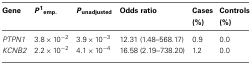
<table><thead><tr><td><b>Gene</b></td><td><b><i>P</i><sup>1</sup><sub>emp.</sub></b></td><td><b><i>P</i><sub>unadjusted</sub></b></td><td><b>Odds ratio</b></td><td><b>Cases (%)</b></td><td><b>Controls (%)</b></td></tr></thead><tbody><tr><td><i>PTPN1</i></td><td>3.8 × 10<sup>−2</sup></td><td>3.9 × 10<sup>−3</sup></td><td>12.31 (1.48–568.17)</td><td>0.9</td><td>0.0</td></tr><tr><td><i>KCNB2</i></td><td>2.2 × 10<sup>−2</sup></td><td>4.1 × 10<sup>−4</sup></td><td>16.58 (2.19–738.20)</td><td>1.2</td><td>0.0</td></tr></tbody></table>